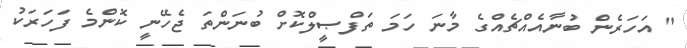
" އަހަރެން ބުނާއެއްޗެއްގެ މާނަ ހަމަ ތަފްޞީލްކޮށް ބުނަންތަ ޖެހޭނީ ކޮންމެ ފަހަރަކު